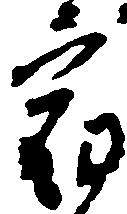
宿